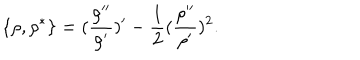
LaTeX: \{ \rho , \rho ^ { * } \} = ( \frac { \rho ^ { \prime \prime } } { \rho ^ { \prime } } ) ^ { \prime } - \frac { 1 } { 2 } ( \frac { \rho ^ { \prime \prime } } { \rho ^ { \prime } } ) ^ { 2 } .